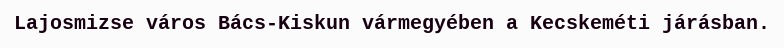
Lajosmizse város Bács-Kiskun vármegyében a Kecskeméti járásban.